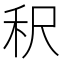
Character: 𬓤